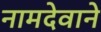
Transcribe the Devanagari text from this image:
नामदेवाने